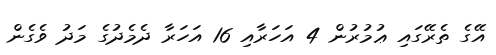
އޭގެ ތެރޭގައި ޢުމުރުން 4 އަހަރާއި 16 އަހަރާ ދެމެދުގެ މަދު ވެގެން